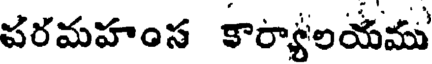
పరమహంస కార్యాలయము